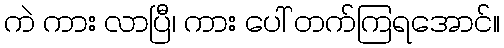
ကဲ ကား လာပြီ၊ ကား ပေါ် တက်ကြရအောင်။